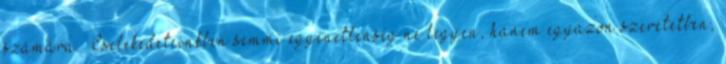
számára. „Cselekedeteinkben semmi egyenetlenség ne legyen, hanem egyazon szeretetben,